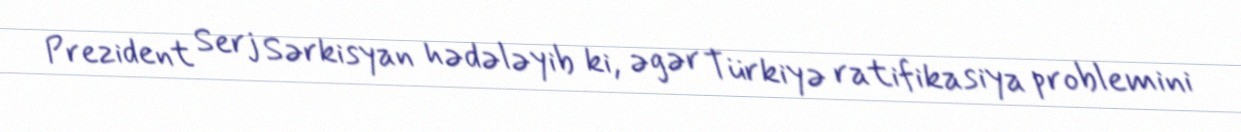
Prezident Serj Sərkisyan hədələyib ki, əgər Türkiyə ratifikasiya problemini